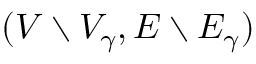
( V \setminus V _ { \gamma } , E \setminus E _ { \gamma } )